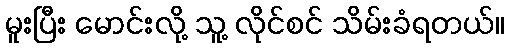
မူးပြီး မောင်းလို့ သူ့ လိုင်စင် သိမ်းခံရတယ်။